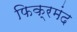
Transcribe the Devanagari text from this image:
फिक्रमंद